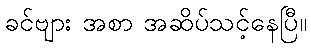
ခင်ဗျား အစာ အဆိပ်သင့်နေပြီ။